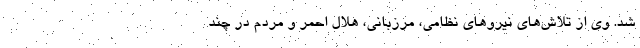
شد. وی از تلاش‌های نیروهای نظامی، مرزبانی، هلال احمر و مردم در چند